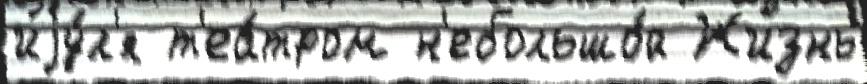
иjу́л'я т'еа́тром н'ебольшо́й Жизнь